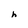
Character: h